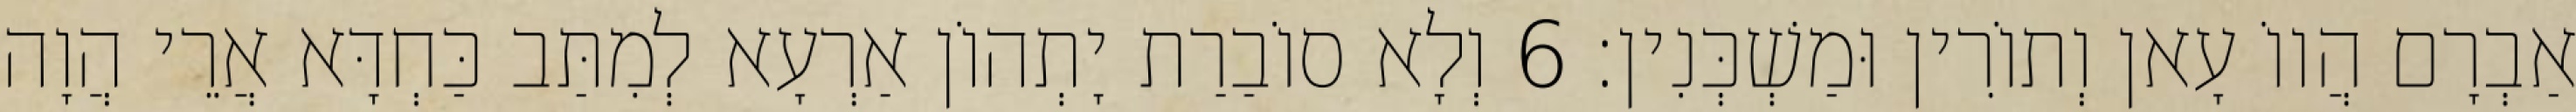
אַבְרָם הֲווֹ עָאן וְתוֹרִין וּמַשְׁכְּנִין׃ 6 וְלָא סוֹבַרַת יָתְהוֹן אַרְעָא לְמִתַּב כַּחְדָּא אֲרֵי הֲוָה